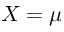
X = \mu